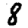
Digit: 8